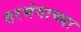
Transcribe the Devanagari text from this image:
दरभंगाच्या